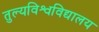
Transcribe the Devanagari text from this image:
तुल्यविश्वविद्यालय